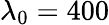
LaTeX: \lambda_{0}=400